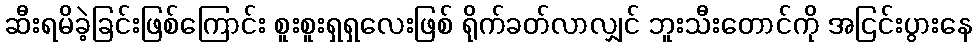
ဆီးရမိခဲ့ခြင်းဖြစ်ကြောင်း စူးစူးရှရှလေးဖြစ် ရိုက်ခတ်လာလျှင် ဘူးသီးတောင်ကို အငြင်းပွားနေ